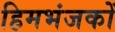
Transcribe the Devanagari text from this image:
हिमभंजकों